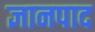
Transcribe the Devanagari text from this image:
ज्ञानपाद